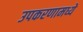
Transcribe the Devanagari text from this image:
उपकरणामध्ये